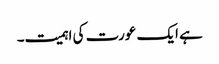
ہے ایک عورت کی اہمیت۔